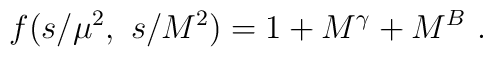
f(s/ \mu^2,~ s/M^2) = 1 + M^{\gamma} + M^{B} ~.